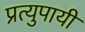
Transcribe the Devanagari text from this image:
प्रत्युपायी